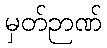
မှတ်ဉာဏ်